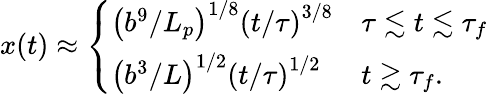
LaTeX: x(t)\approx\left\{ \begin{array}{ll}{\left({b^{9}}/{L_{p}}\right)^{1/8}\left(t/{\tau}\right)^{3/8}}&{\tau\lesssim t\lesssim\tau_{f}}\\ {\left({b^{3}}/L\right)^{1/2}\left(t/{\tau}\right)^{1/2}}&{t\gtrsim\tau_{f}.}\end{array}\right.